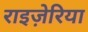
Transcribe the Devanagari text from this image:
राइज़ेरिया